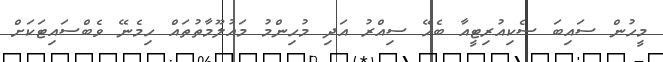
މީހުން ސައިބަ ސެކިއުރިޓީއާ ބެހޭ ސިއްރު އަދި މުހިންމު މައުލޫމާތުތައް ހިމެނޭ ވެބްސައިޓަކަށް